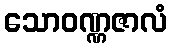
သောဝဏ္ဏဇာလံ